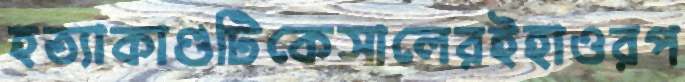
হত্যাকাণ্ডটিকেসালেরইহাওরপ